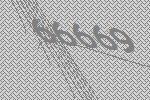
66669